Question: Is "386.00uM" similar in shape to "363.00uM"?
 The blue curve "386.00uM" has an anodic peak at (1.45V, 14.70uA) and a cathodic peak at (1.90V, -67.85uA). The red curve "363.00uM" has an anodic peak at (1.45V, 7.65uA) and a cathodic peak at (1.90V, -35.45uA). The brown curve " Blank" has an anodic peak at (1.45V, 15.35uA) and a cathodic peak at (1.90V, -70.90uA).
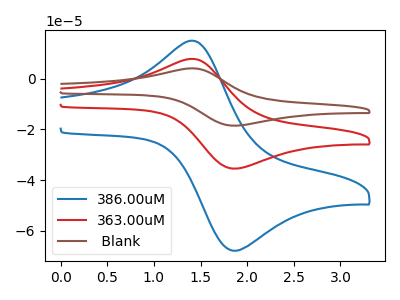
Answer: <think>All the peaks in "386.00uM" have a peak in "363.00uM" at the same potential. Every peak in "386.00uM" is higher than every peak in "363.00uM".
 </think>
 <answer>"386.00uM" and "363.00uM" are similar in shape.</answer>
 <eval>same_shape</eval>